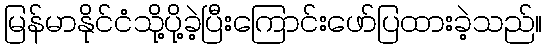
မြန်မာနိုင်ငံသို့ပို့ခဲ့ပြီးကြောင်းဖော်ပြထားခဲ့သည်။